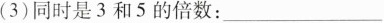
(3)同时是3和5的倍数：___